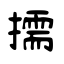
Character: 擩